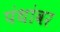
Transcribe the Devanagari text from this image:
पंथांवर